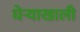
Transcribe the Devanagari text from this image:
घेर्‍याखाली